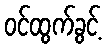
ဝင်ထွက်ခွင့်